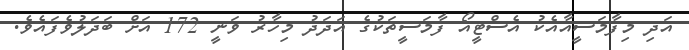
އަދި މިފާމަސީއާއެކު އެސްޓީއޯ ފާމަސީތަކުގެ އަދަދު މިހާރު ވަނީ 172 އަށް ބަދަލުވެފައެވެ.